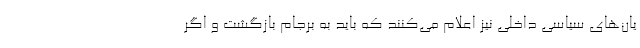
یان‌های سیاسی داخلی نیز اعلام می‌کنند که باید به برجام بازگشت و اگر